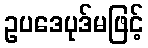
ဥပဒေပုဒ်မဖြင့်